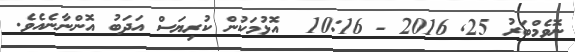
ނޮވެމްބަރު 25